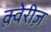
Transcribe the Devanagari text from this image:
क़्वेरीज़